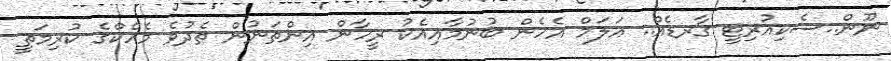
ނޫން..ސެކިއުރިޓީ ގާރޑެއް.. އަލަމް އެހެން ބުނުމާއިއެކު ރީހާން އިންތަނުން ތެދުވެ މެހެކްގެ ކުރިމަތީ